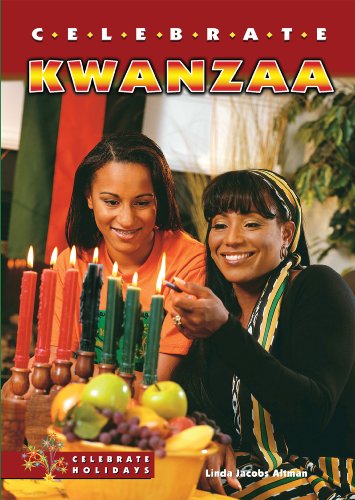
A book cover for Celebrate Kwanzaa (Celebrate Holidays); Linda Jacobs Altman; Children's Books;